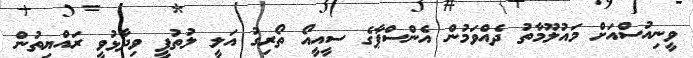
ވީނިއުސްއަށް މައުލޫމާތު ދެއްވަމުން އެންސްޕާގެ ސީއީއޯ ތޯރިގު އަލީ ލުތުފީ ވިދާޅުވީ ރައްޔިތުން